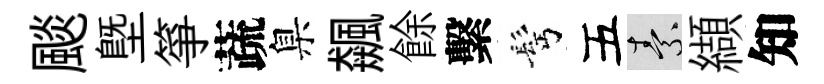
颷塈箏蔬臬飆餘繫髩五素纈知